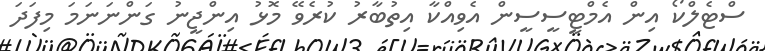
ސްޓެލްކޯ އިން އެމްޓީސީސީން އެވިއްކާ އިތުބާރު ކުރެވޭ މޮޅު އިންޖީނު ގަންނަނަމަ މިފަދަ